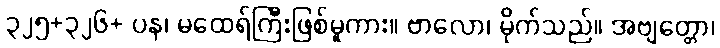
၃၂၅+၃၂၆+ ပန၊ မထေရ်ကြီးဖြစ်မူကား။ ဗာလော၊ မိုက်သည်။ အဗျတ္တော၊